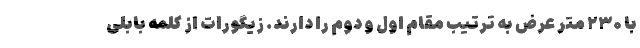
با ۲۳۰ متر عرض به ترتیب مقام اول و دوم را دارند. زیگورات از کلمه بابلی